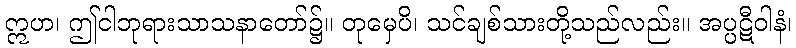
ဣဟ၊ ဤငါဘုရားသာသနာတော်၌။ တုမှေပိ၊ သင်ချစ်သားတို့သည်လည်း။ အပ္ပဋီဝါနံ၊